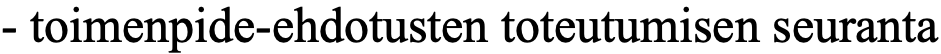
- toimenpide-ehdotusten toteutumisen seuranta